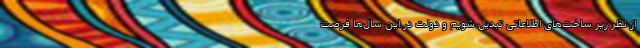
از نظر زیر ساخت‌های اطلاعاتی تبدیل شویم و دولت در این سال‌ها فرصت